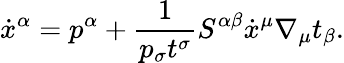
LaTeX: \dot{x}^{\alpha}=p^{\alpha}+\frac{1}{p_{\sigma}t^{\sigma}}S^{\alpha\beta}\dot{x}^{\mu}\nabla_{\mu}t_{\beta}.